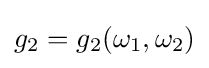
g_{2}=g_{2}(\omega _{1},\omega _{2})